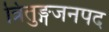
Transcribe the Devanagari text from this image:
त्रितुङ्गजनपद